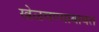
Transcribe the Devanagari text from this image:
खेळवण्याबाबत